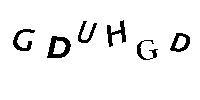
GDUHGD